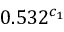
0 . 5 3 2 ^ { c _ { 1 } }